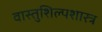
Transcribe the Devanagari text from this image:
वास्तुशिल्पशास्त्र